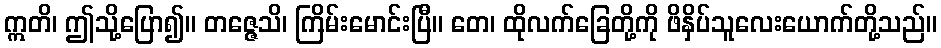
ဣတိ၊ ဤသို့ပြော၍။ တဇ္ဇေသိ၊ ကြိမ်းမောင်းပြီ။ တေ၊ ထိုလက်ခြေတို့ကို ဖိနှိပ်သူလေးယောက်တို့သည်။